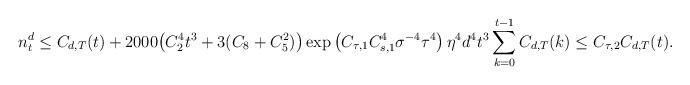
LaTeX: \begin{align*} n^d_t\le C_{d,T}(t)+ 2000\big( C_2^4 t^3+3( C_8+C_{5}^2) \big)\exp\left( C_{\tau,1}C_{s,1}^4\sigma^{-4}\tau^4 \right) \eta^4 d^4 t^3 \sum_{k=0}^{t-1} C_{d,T}(k)\le C_{\tau,2} C_{d,T}(t).\end{align*}